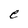
Character: e